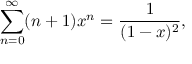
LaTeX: \sum _ { n = 0 } ^ { \infty } ( n + 1 ) x ^ { n } = { \frac { 1 } { ( 1 - x ) ^ { 2 } } } ,